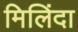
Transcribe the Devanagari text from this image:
मिलिंदा